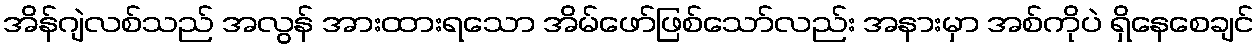
အိန်ဂျဲလစ်သည် အလွန် အားထားရသော အိမ်ဖော်ဖြစ်သော်လည်း အနားမှာ အစ်ကိုပဲ ရှိနေစေချင်